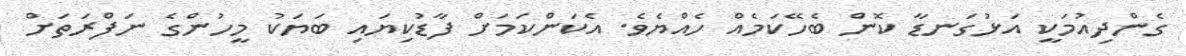
ގެންދިއުމަކީ އަޅުގަނޑާ ކޮން ބެހޭކަމެއް ހެއްޔެވެ. އެކަންކަމަށް ފާޑުކިޔައި ބަޔަކު މީހުންގެ ނަފްރަތަށް